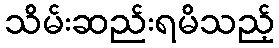
သိမ်းဆည်းရမိသည့်